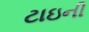
ટાઇની